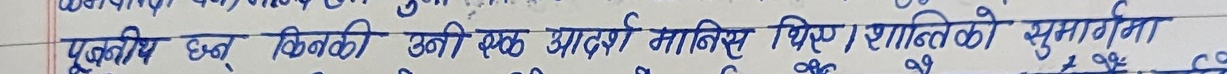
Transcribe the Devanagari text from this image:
पूजनीय छन् किनकी उनी एक आदर्श मानिस थिए । शान्तिको सुमार्गमा